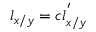
l _ { x / y } = c l _ { x / y } ^ { ' }